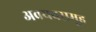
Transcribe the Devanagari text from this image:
अवयवसमूह